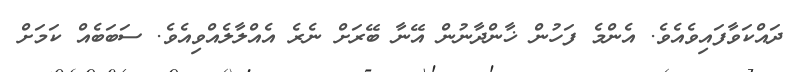
ދައްކަވާފައިވެއެވެ. އެންމެ ފަހުން ޚާންދާނުން އޭނާ ބޭރަށް ނެރެ އެއްލާލެއްވިއެވެ. ސަބަބެއް ކަމަށް